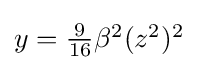
{\textstyle y={\tfrac {9}{16}}\beta ^{2}(z^{2})^{2}}